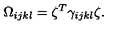
\Omega _ { i j k l } = \zeta ^ { T } \gamma _ { i j k l } \zeta .